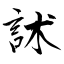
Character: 訹